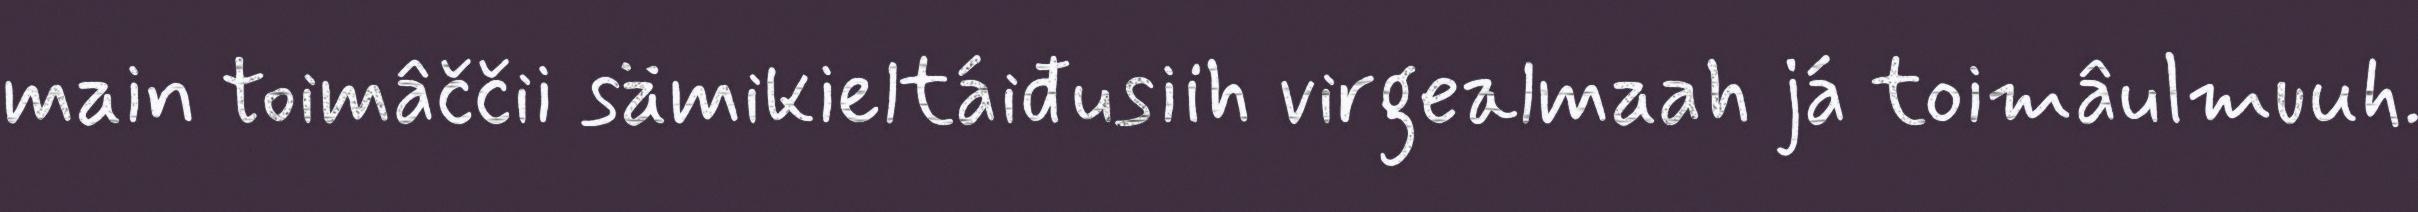
main toimâččii sämikieltáiđusiih virgealmaah já toimâulmuuh.